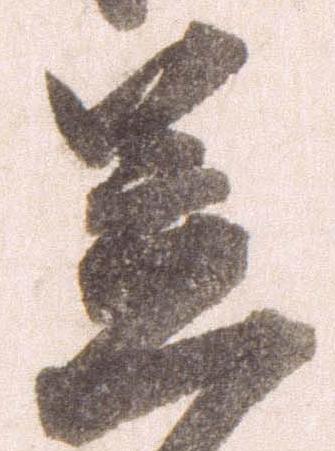
笠